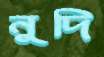
নুদি